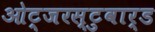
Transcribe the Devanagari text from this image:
ओट्जरस्टुवार्ड